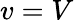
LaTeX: v=V